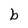
Character: b